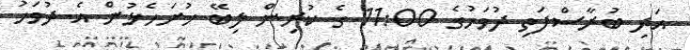
އަދި ބުރާސްފަތި ދުވަހުގެ 11:00 ގެ ކުރިން ލިބޭ ހުށަހެޅުން އެ ދުވަހު